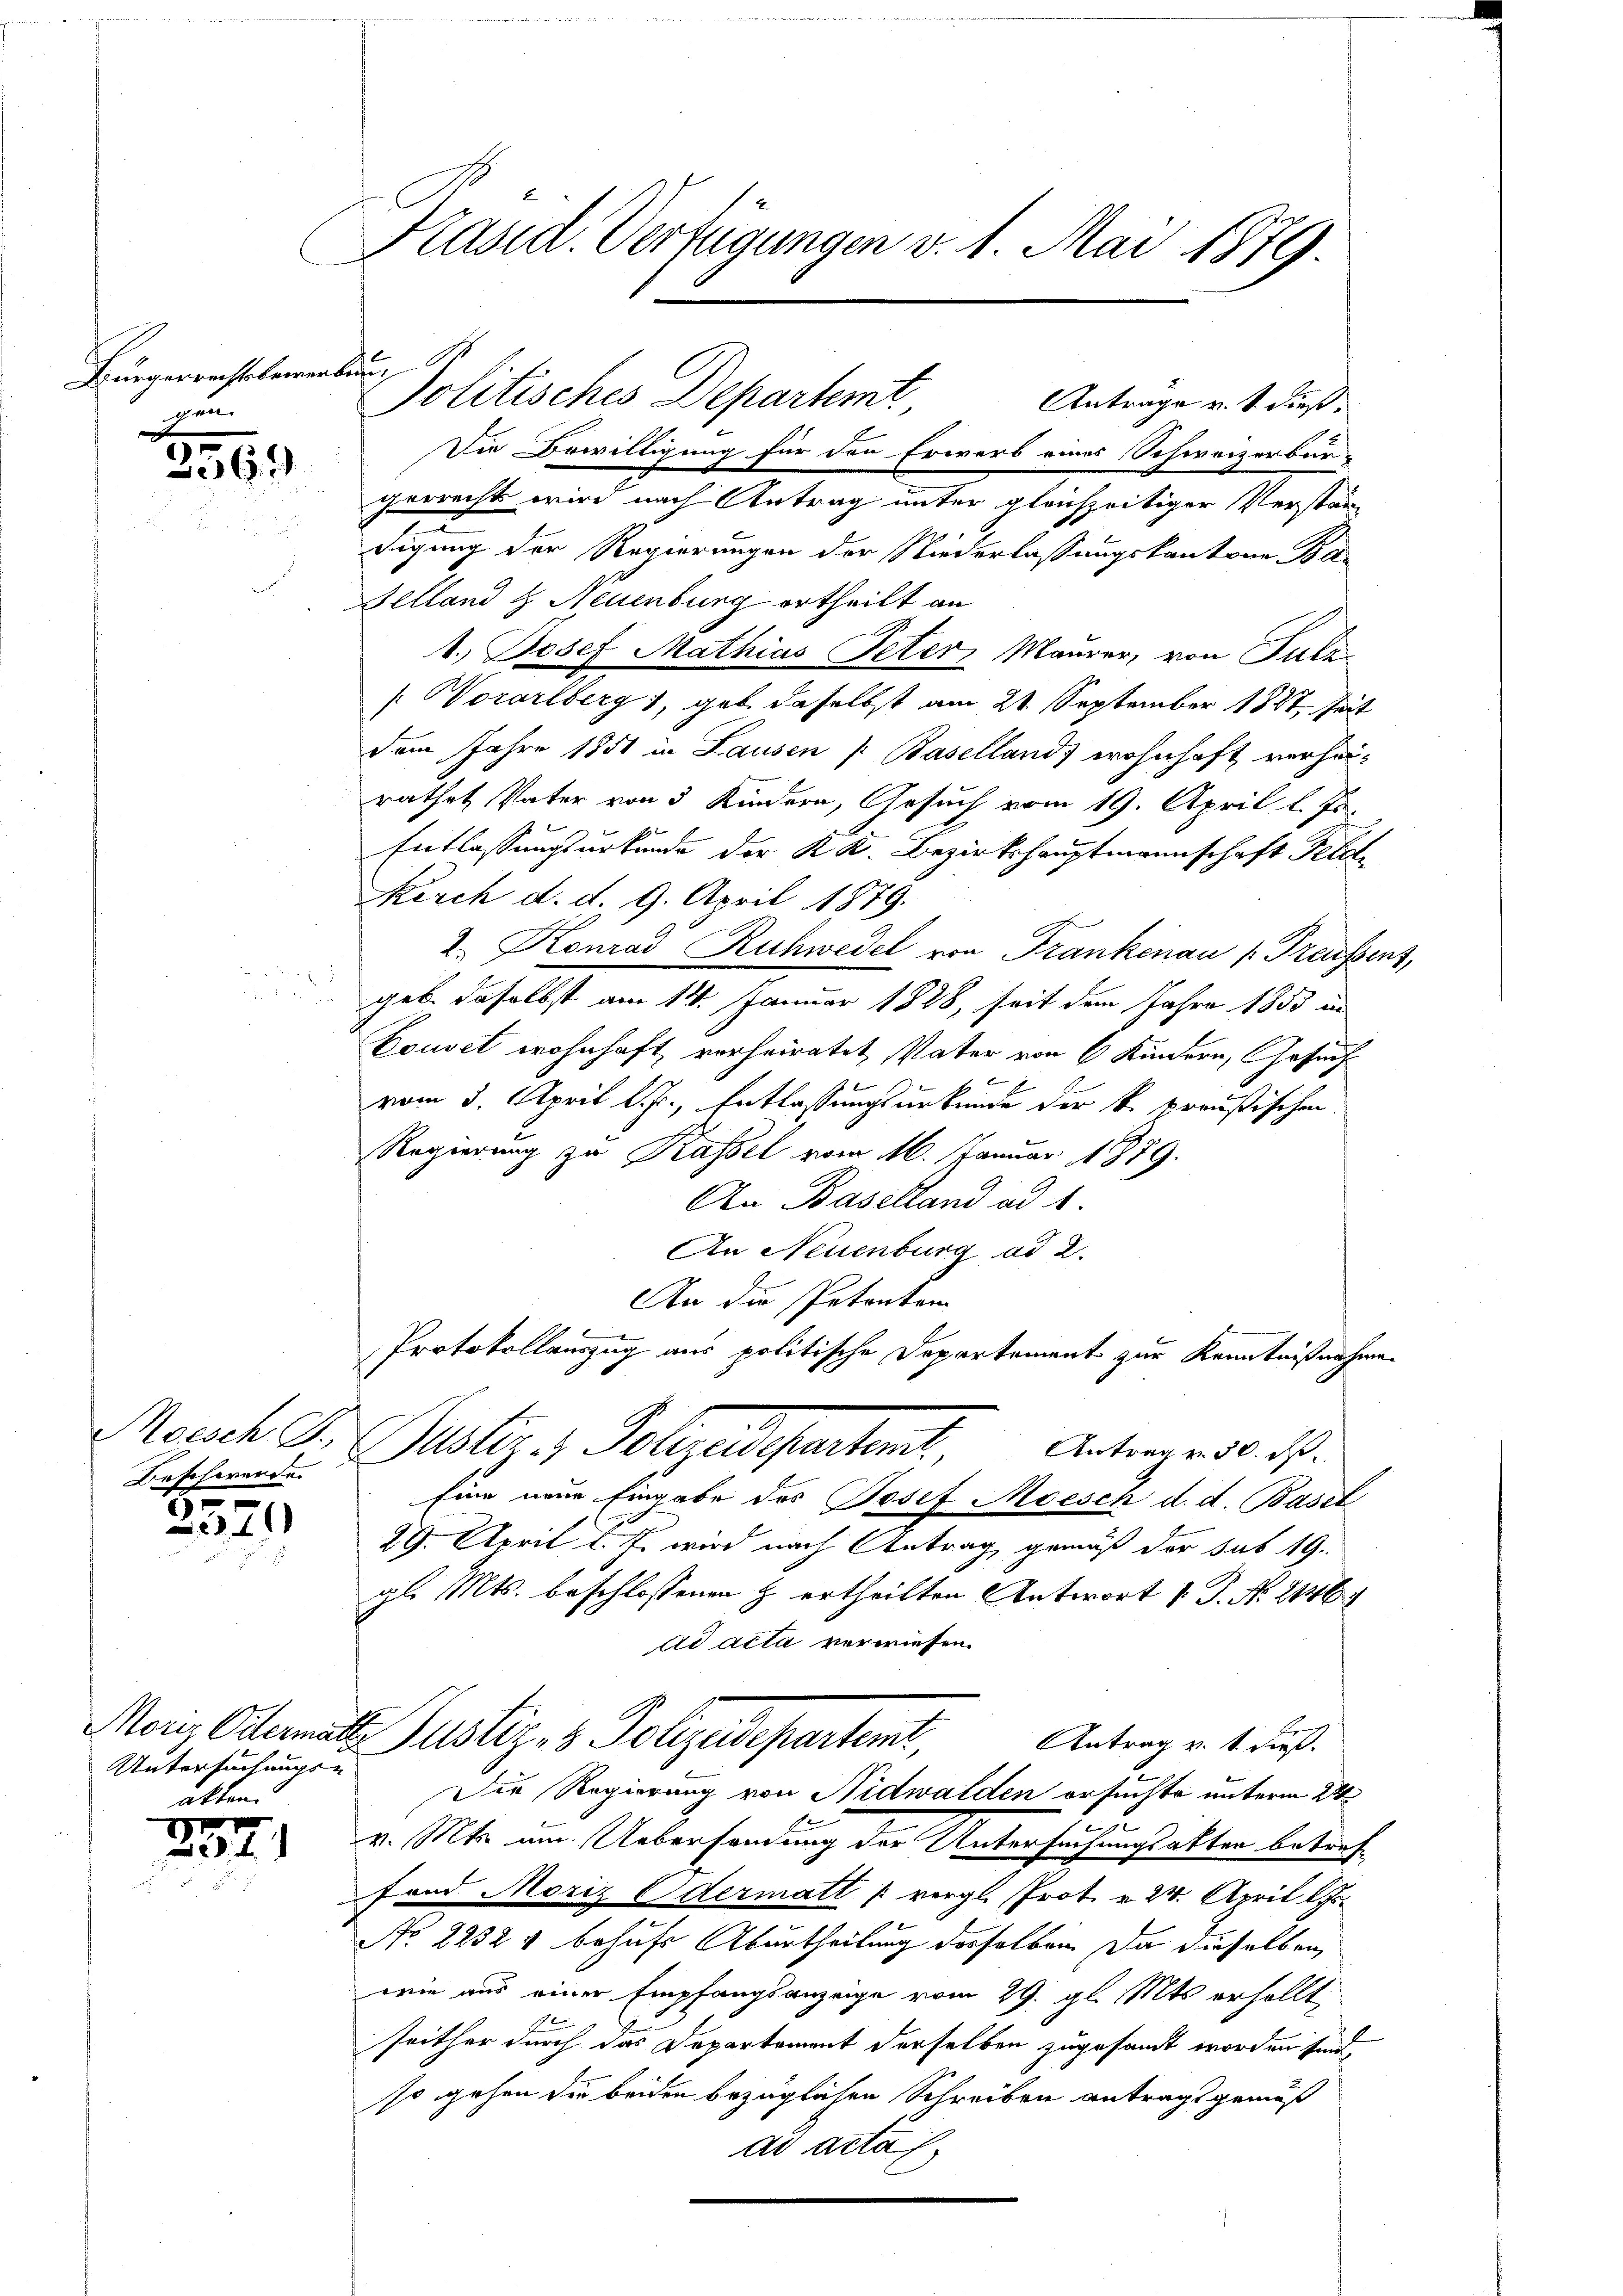
Bürgerrechtsbere
chen.

2569

Moesch G.,
Beschwerde.
18

370

Untersuchungs-
atten.
e

2311

i

Präsid. Verfügungen v. 1. Mai 1879.

a
Politisches Departemt Antrage u. s. dieß¬

Die Bewilligung für den Erwerb eines Schweizerbürgerrecht wird nach Antrag unter gleichzeitiger Verständigung der Regierungen der Niederlassungskantone Be-
Belland & Neuenburg ertheilt an
1.) Josef Mathias Peter Maurer, von Tula
Worarlberg, gab daselbst am 21. September 1847. Zeit
Dem Jahre 1851 in Lausen (Baselland, wohnhaft verhei-
rathet, Vater von 3 Kindern, Gesuch vom 19. April l. J.
Entlassungsurkunde der K. K. Bezirkshauptmannschaft Feld¬
Kerch d. d. 9. April 1879.
2. Konrad Ruhwedel von Frankenau / Preussens,
geb. daselbst am 14. Januar 1848, seit dem Jahre 1853 in
Vouset wohnhaft, verheiratet, Vater von 6 Kindern, Gesuch
vom 3. April l. J., Entlassungsurkunde der k. preußischen
Regierung zu Kassel vom 16. Januar 1879.
An Baselland ad 1.
An Neuenburg ad 2.
An die Petenton
Protokollauszug aus politische Departement zur Kenntnißnahmen
Potiz & Polarenspetent, Antwort ist.
Eine neue Eingabe des Josef Moesen d. d. Basel
29. April l. J. wird nach Antrag gemäß der sub 19.
gl. Mts. beschlossenen H. ertheilten Antwort v. J. No. 2146
ad acta verwiesen.
Monz Odermats Justiz- & Polizeideparteme
Antrag v. 1. dieß.
Die Regierung von Nidwalden ersuchte unterm 2te
v. Mts. um Uebersendung der Untersuchungsakten betref
fond Moriz Odermatt (vergl. Prot. v. 24. April lJ.
No 2232 & behufs Aburtheilung derselben. Da dieselben
wie aus einer Empfangsanzeige vom 29. gl. Mts. erhellt
seither durch das Departement derselben zugesandt worden sind,
so gehen der beiden bezüglichen Schreiben antragt gemäß
ad acta,